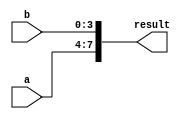
module concatenation_example(
    input [3:0] a,
    input [3:0] b,
    output [7:0] result
);

assign result = {a, b};

endmodule